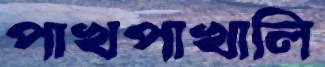
পাখপাখালি